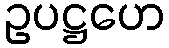
ဥပဋ္ဌဟေ